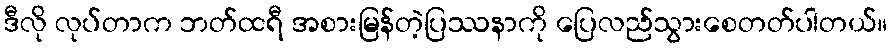
ဒီလို လုပ်တာက ဘတ်ထရီ အစားမြန်တဲ့ပြဿနာကို ပြေလည်သွားစေတတ်ပါတယ်။